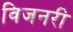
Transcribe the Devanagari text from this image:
विजनरी